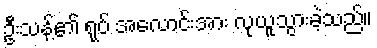
ဦးသန့်၏ ရုပ် အလောင်းအား လုယူသွားခဲ့သည်။